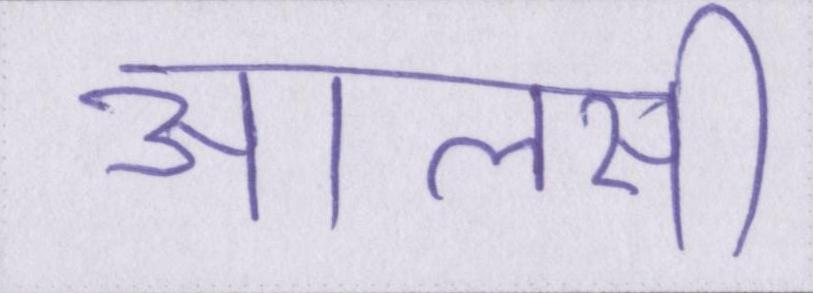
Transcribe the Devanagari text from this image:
आलसी